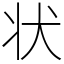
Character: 状